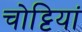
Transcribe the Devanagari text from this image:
चोट्टियां